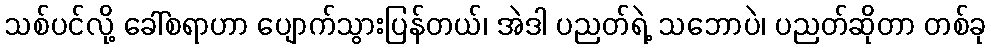
သစ်ပင်လို့ ခေါ်စရာဟာ ပျောက်သွားပြန်တယ်၊ အဲဒါ ပညတ်ရဲ့ သဘောပဲ၊ ပညတ်ဆိုတာ တစ်ခု